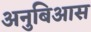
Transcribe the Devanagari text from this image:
अनुबिआस